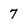
Character: 7